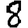
Digit: 8